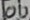
Text: 10U